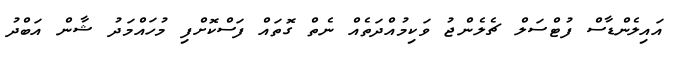
އައިލެންޑާސް ފުޓްސަލް ޗެލެންޖު ވަކިމުއްދަތެއް ނެތް ގޮތައް ފަސްކޮށްފި މުހައްމަދު ޝާން އަބްދު